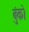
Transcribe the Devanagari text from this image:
बुंको